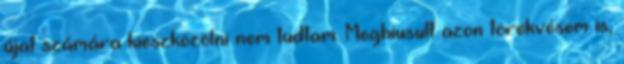
újat számára kieszközölni nem tudtam. Meghiusult azon törekvésem is,